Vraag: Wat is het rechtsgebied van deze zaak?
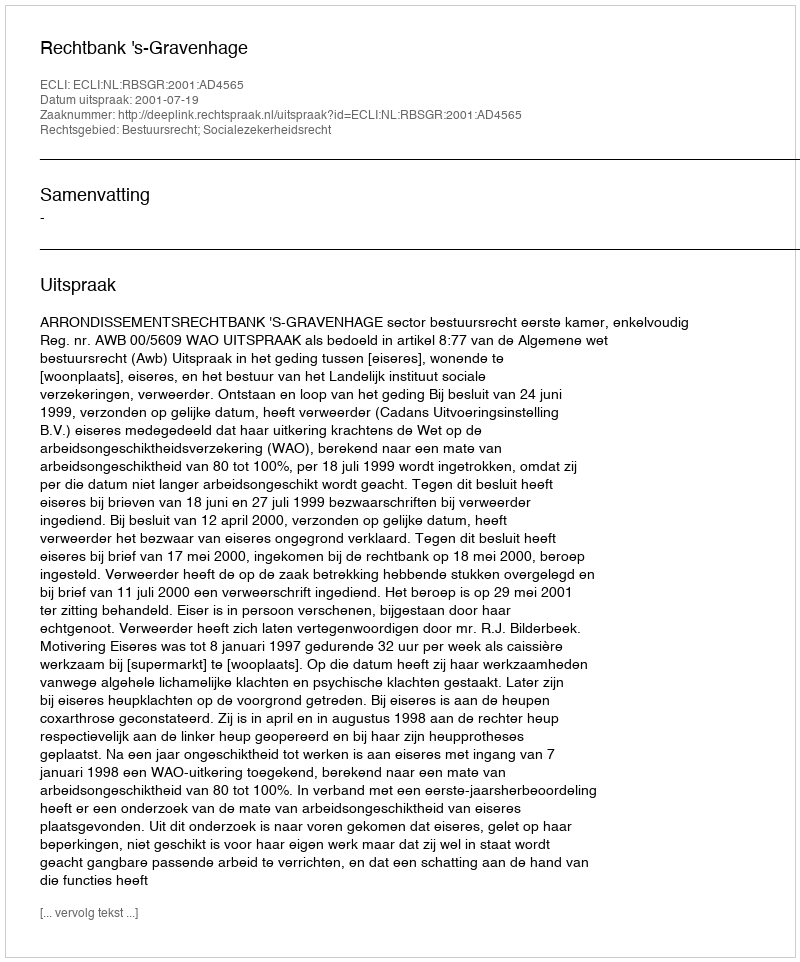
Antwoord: Bestuursrecht; Socialezekerheidsrecht